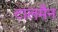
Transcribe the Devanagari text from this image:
टालमैन